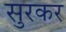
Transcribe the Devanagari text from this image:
सुरकर